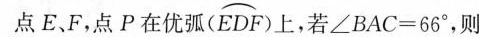
点E、F，点P在优弧(EDF)上，若∠BAC=66°，则